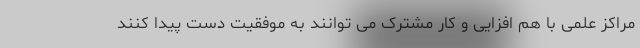
مراکز علمی با هم افزایی و کار مشترک می توانند به موفقیت دست پیدا کنند